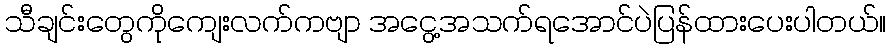
သီချင်းတွေကိုကျေးလက်ကဗျာ အငွေ့အသက်ရအောင်ပဲပြန်ထားပေးပါတယ်။